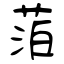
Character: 萡